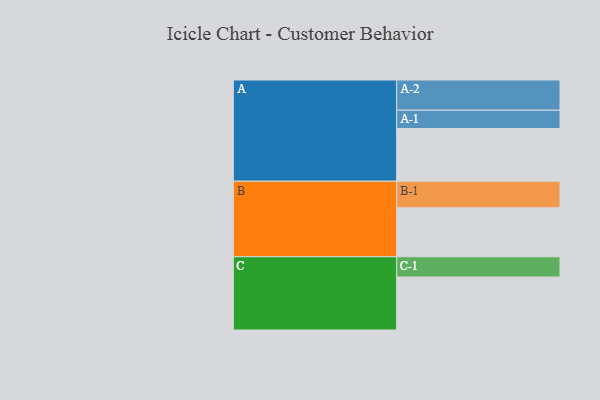
{"axis": {"x": "Segment", "y": "Value"}, "legend": ["", "A", "B", "C"], "data": [{"x": "A", "y": 518, "type": ""}, {"x": "B", "y": 482, "type": ""}, {"x": "C", "y": 521, "type": ""}, {"x": "A-1", "y": 181, "type": "A"}, {"x": "A-2", "y": 297, "type": "A"}, {"x": "B-1", "y": 261, "type": "B"}, {"x": "C-1", "y": 200, "type": "C"}]}